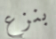
بنزع